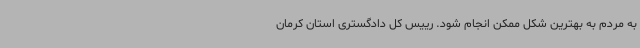
به مردم به بهترین شکل ممکن انجام شود. رییس کل دادگستری استان کرمان